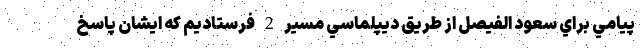
پيامي براي سعود الفيصل از طريق ديپلماسي مسير 2 فرستاديم كه ايشان پاسخ